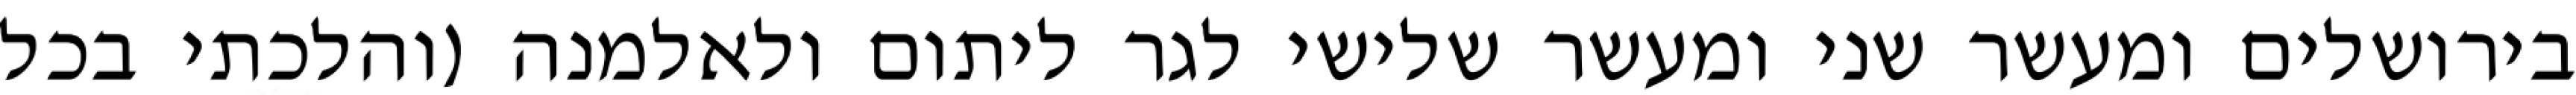
בירושלים ומעשר שני ומעשר שלישי לגר ליתום ולאלמנה (והלכתי בכל